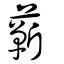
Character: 蘄